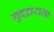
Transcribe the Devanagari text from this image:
गुदद्वाराला